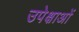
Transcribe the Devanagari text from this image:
उपेक्षाअों